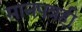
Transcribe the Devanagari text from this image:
मानपत्रही